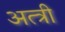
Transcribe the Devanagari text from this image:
अत्त्री